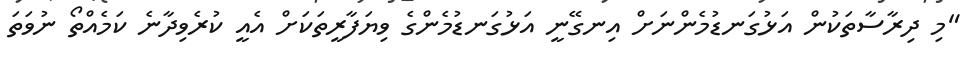
"މި ދިރާސާތަކުން އަޅުގަނޑުމެންނަށް އިނގޭނީ އަޅުގަނޑުމެންގެ ވިޔަފާރީތަކަށް އެއީ ކުރެވިދާނެ ކަމެއްތޯ ނުވަތަ